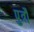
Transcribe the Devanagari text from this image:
पुत्रौ